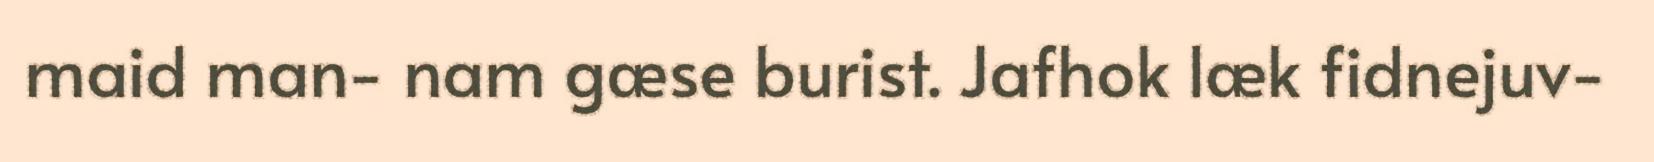
maid man- nam gæse burist. Jafhok læk fidnejuv-